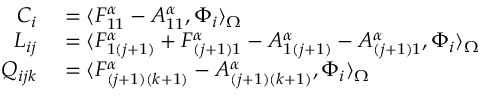
\begin{array} { r l } { C _ { i } } & { { } = \langle F _ { 1 1 } ^ { \alpha } - A _ { 1 1 } ^ { \alpha } , \Phi _ { i } \rangle _ { \Omega } } \\ { L _ { i j } } & { { } = \langle F _ { 1 ( j + 1 ) } ^ { \alpha } + F _ { ( j + 1 ) 1 } ^ { \alpha } - A _ { 1 ( j + 1 ) } ^ { \alpha } - A _ { ( j + 1 ) 1 } ^ { \alpha } , \Phi _ { i } \rangle _ { \Omega } } \\ { Q _ { i j k } } & { { } = \langle F _ { ( j + 1 ) ( k + 1 ) } ^ { \alpha } - A _ { ( j + 1 ) ( k + 1 ) } ^ { \alpha } , \Phi _ { i } \rangle _ { \Omega } } \end{array}